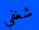
شغفي